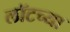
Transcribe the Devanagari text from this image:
लॉटच्या